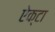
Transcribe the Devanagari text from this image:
ऐक्टा